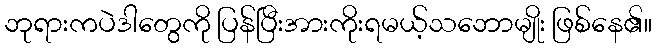
ဘုရားကပဲဒါတွေကို ပြန်ပြီးအားကိုးရမယ့်သဘောမျိုး ဖြစ်နေ၏။